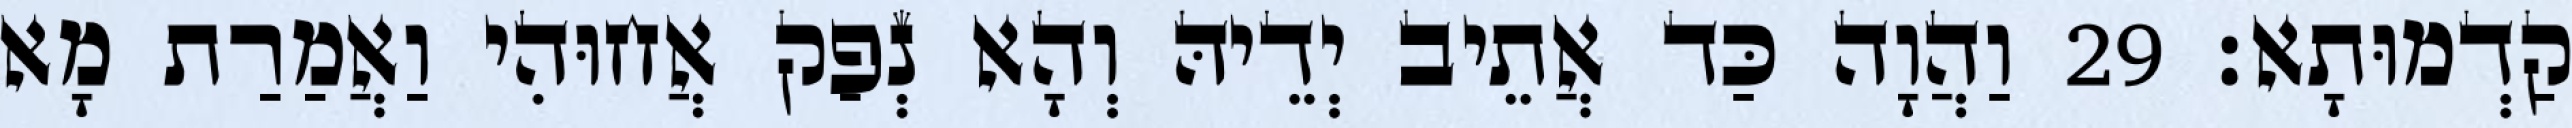
קַדְמוּתָא׃ 29 וַהֲוָה כַּד אֲתֵיב יְדֵיהּ וְהָא נְפַק אֲחוּהִי וַאֲמַרַת מָא